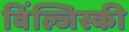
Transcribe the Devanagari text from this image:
विंल्जिस्की